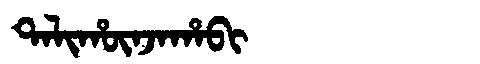
Manchu: ᡨᠠᠯᡳᡥᡡᠨᠵᠠᡥᠠᠪᡳ
Romanization: TALIHŪNJAHABI